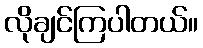
လိုချင်ကြပါတယ်။